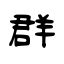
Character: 群